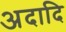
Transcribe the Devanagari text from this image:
अदादि